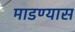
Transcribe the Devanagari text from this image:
माडण्यास